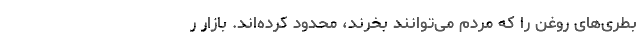
بطری‌های روغن را که مردم می‌توانند بخرند، محدود کرده‌اند. بازار ر